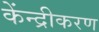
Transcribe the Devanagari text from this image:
केंन्द्रीकरण